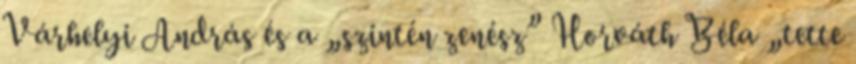
Várhelyi András és a „szintén zenész” Horváth Béla „tette